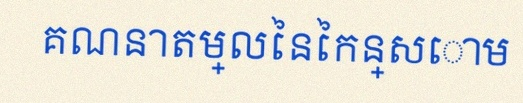
គណនាតម្លៃនៃកន្សោម